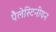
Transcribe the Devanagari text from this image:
पैलेस्टिनीयन